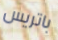
باتريس